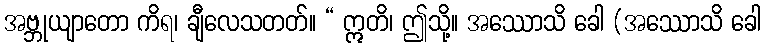
အဗ္ဘုယျာတော ကိရ၊ ချီလေသတတ်။ “ ဣတိ၊ ဤသို့။ အဿောသိ ခေါ (အဿောသိ ခေါ